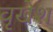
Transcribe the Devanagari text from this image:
वृखेश